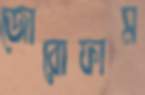
জোরোফাম